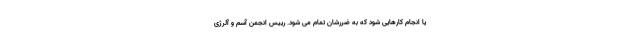
یا انجام کارهایی شود که به ضررشان تمام می شود. رییس انجمن آسم و آلرژی